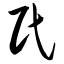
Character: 民